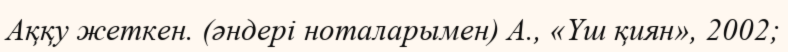
Аққу жеткен. (әндері ноталарымен) А., «Үш қиян», 2002;